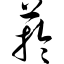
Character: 菸